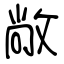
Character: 敞